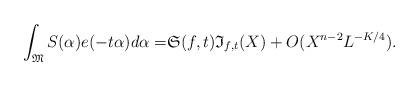
LaTeX: \begin{align*}\int_{\mathfrak{M}}S(\alpha)e(-t\alpha)d\alpha=&\mathfrak{S}(f,t)\mathfrak{I}_{f,t}(X)+O(X^{n-2}L^{-K/4}).\end{align*}